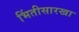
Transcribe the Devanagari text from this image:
भिंतीसारखा